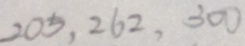
2 0 5 , 2 6 2 , 3 0 0